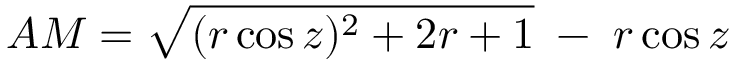
A M = { \sqrt { ( r \cos z ) ^ { 2 } + 2 r + 1 } } \; - \; r \cos z